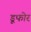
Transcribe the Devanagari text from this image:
डूफोर